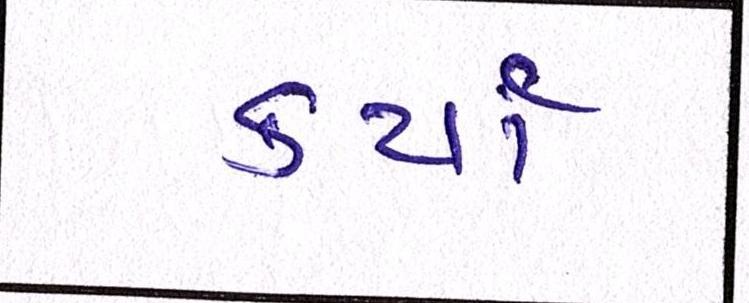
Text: કર્યા